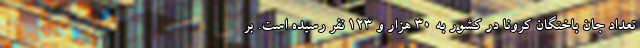
تعداد جان باختگان کرونا در کشور به ۳۰ هزار و ۱۲۳ نفر رسیده است. بر